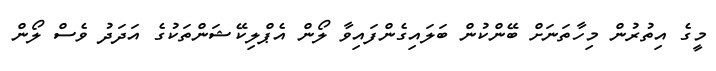
މީގެ އިތުރުން މިހާތަނަށް ބޭންކުން ބަލައިގެންފައިވާ ލޯން އެޕްލިކޭޝަންތަކުގެ އަދަދު ވެސް ލޯން